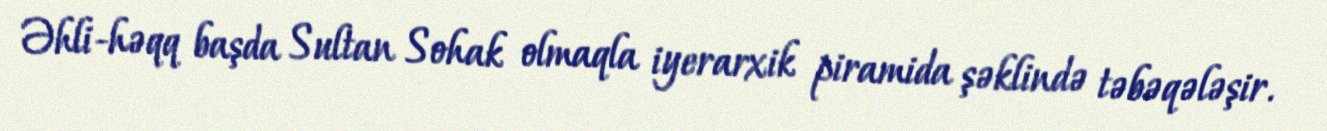
Əhli-həqq başda Sultan Sohak olmaqla iyerarxik piramida şəklində təbəqələşir.